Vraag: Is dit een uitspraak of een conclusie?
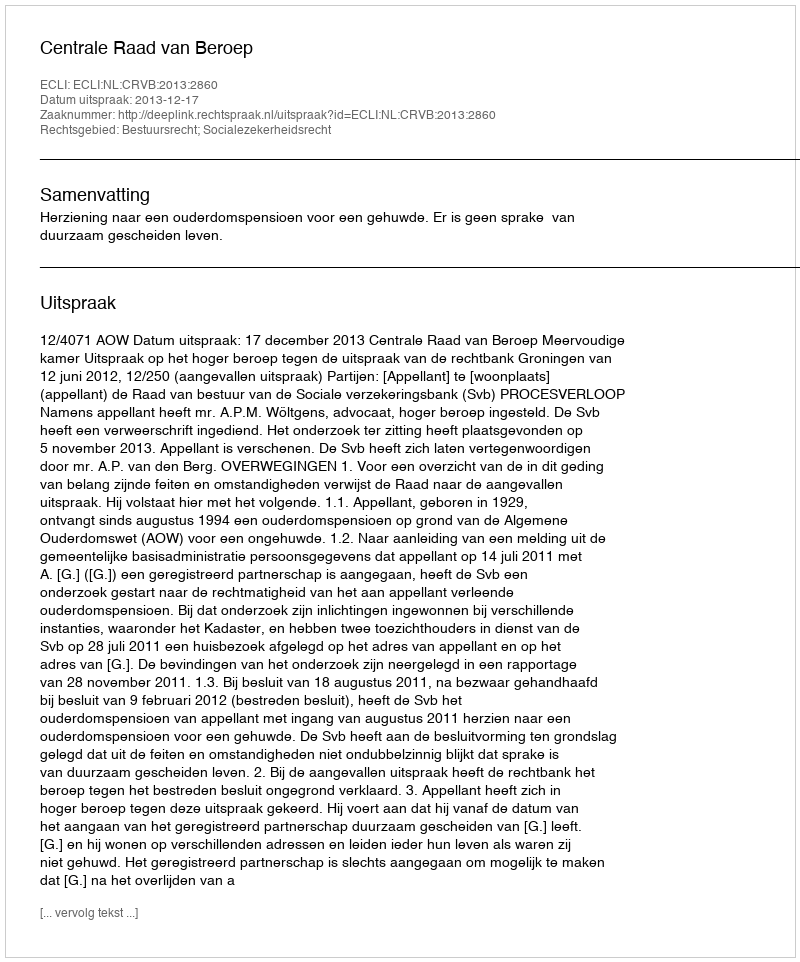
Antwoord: Uitspraak